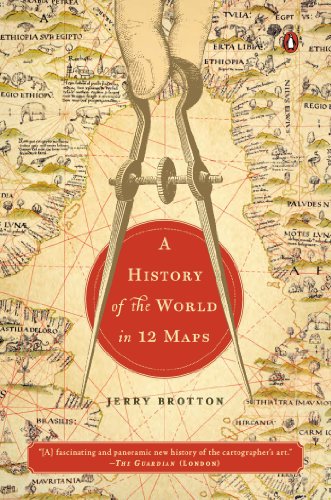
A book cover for A History of the World in 12 Maps; Jerry Brotton; Science & Math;